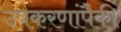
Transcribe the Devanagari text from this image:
उपकरणांपैकी